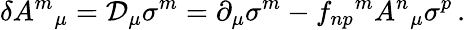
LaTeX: \delta A^{m}{}_{\mu}={\cal D}_{\mu}\sigma^{m}=\partial_{\mu}\sigma^{m}-f_{np}{}^{m}A^{n}{}_{\mu}\sigma^{p}\, .